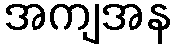
အကျအန